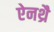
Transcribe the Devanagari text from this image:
ऐनथ्रै